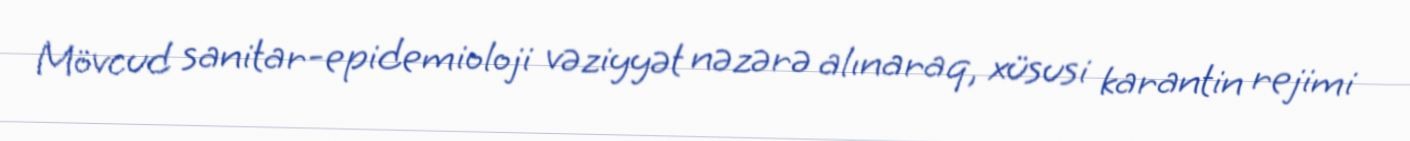
Mövcud sanitar-epidemioloji vəziyyət nəzərə alınaraq, xüsusi karantin rejimi